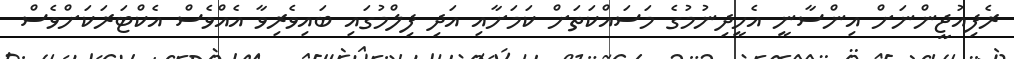
ރެފިއުޖީންނަށް އިންސާނީ އެހީދިނުމުގެ މަސައްކަތަށް ކަމަށާއި އަދި ފިލްމުގައި ބައިވެރިވާ އެއްވެސް އެކްޓަރަކަށްވެސް